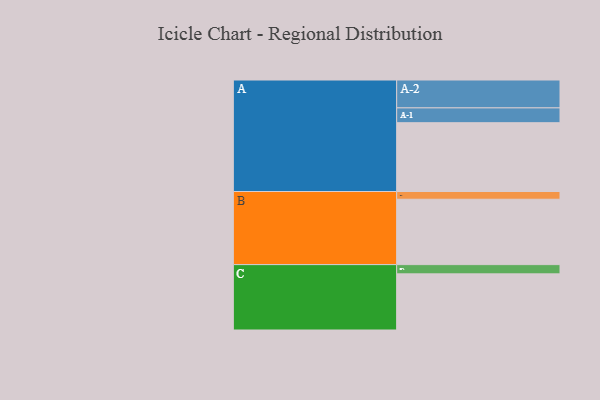
{"axis": {"x": "Segment", "y": "Value"}, "legend": ["", "A", "B", "C"], "data": [{"x": "A", "y": 543, "type": ""}, {"x": "B", "y": 516, "type": ""}, {"x": "C", "y": 443, "type": ""}, {"x": "A-1", "y": 117, "type": "A"}, {"x": "A-2", "y": 220, "type": "A"}, {"x": "B-1", "y": 61, "type": "B"}, {"x": "C-1", "y": 73, "type": "C"}]}